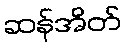
ဆန်အိတ်